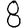
Digit: 8